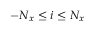
- N _ { x } \leq i \leq N _ { x }